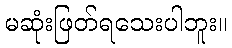
မဆုံးဖြတ်ရသေးပါဘူး။